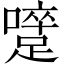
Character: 𨅇